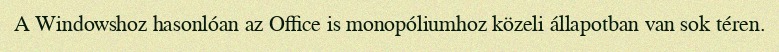
A Windowshoz hasonlóan az Office is monopóliumhoz közeli állapotban van sok téren.